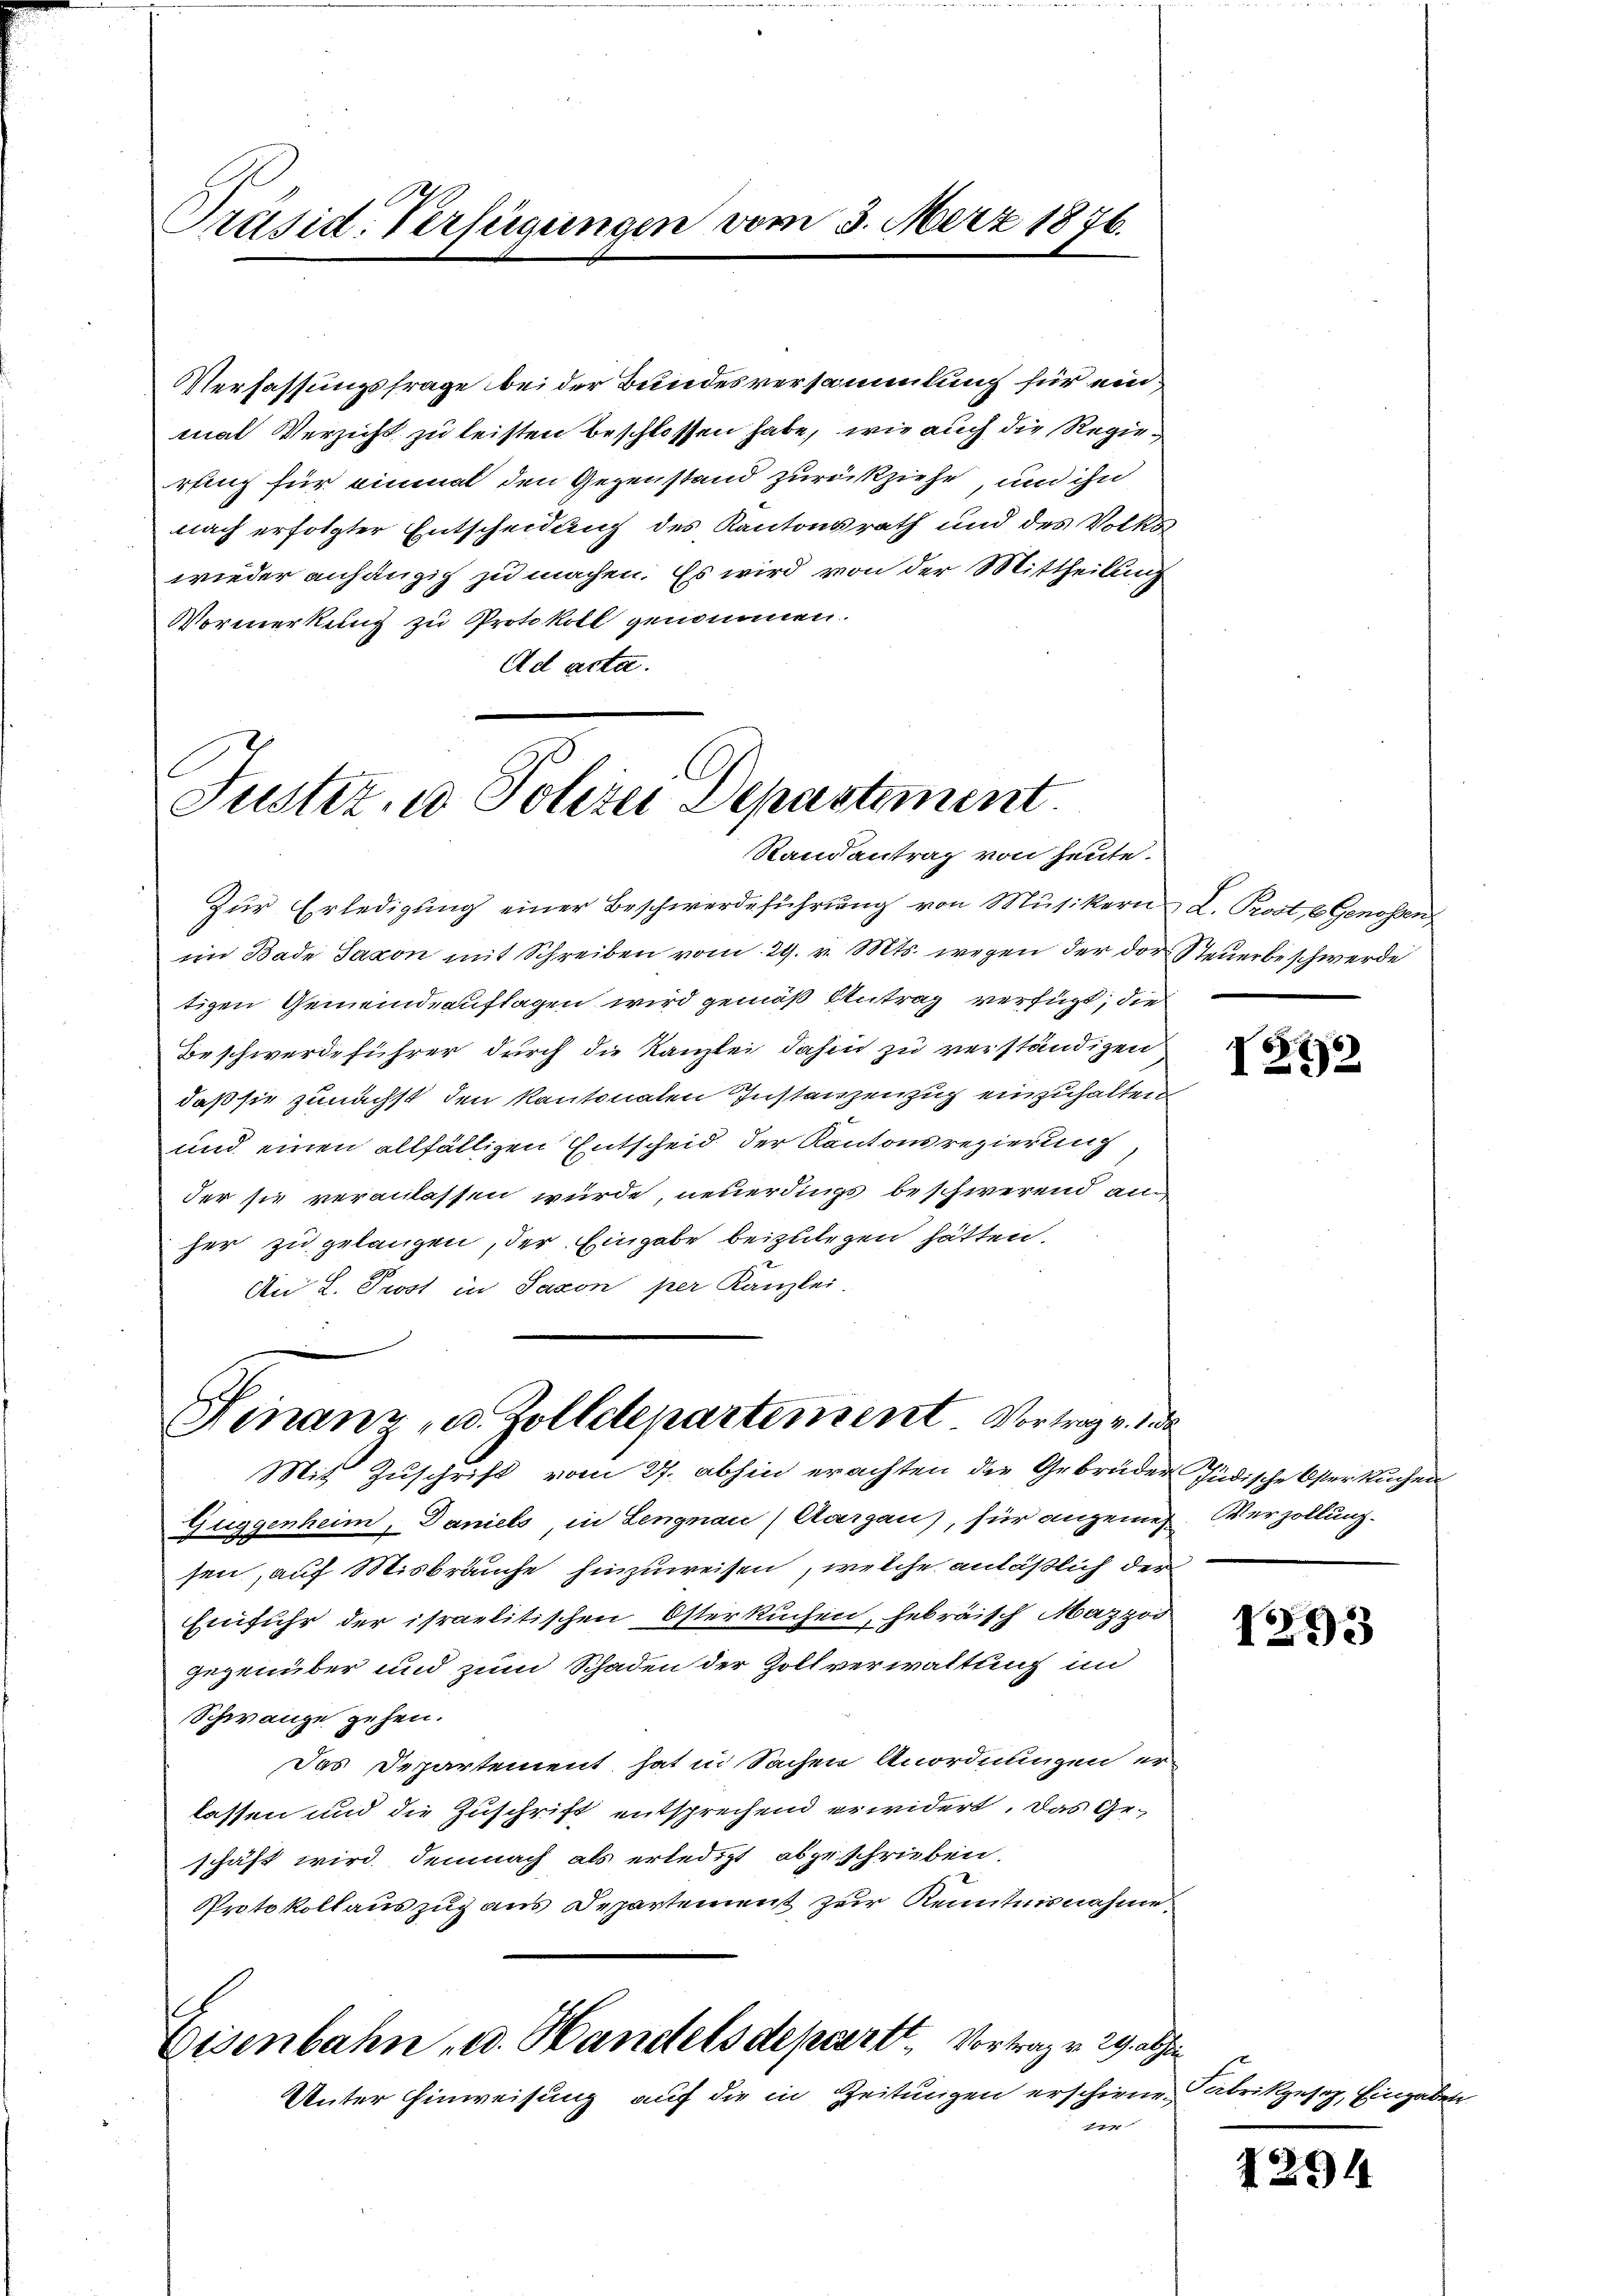
Präsid. Verfügungen vom 3. März 1876.

Verfassungsfrage bei der Bundesversammlung für einmal Verzicht zu leisten beschlossen habe, wie auch die Regierling für einmal den Gegenstand zurückziehe, und ihn
nach erfolgter Entscheidung des Kantonsrath und des Volks
wieder anhängig zu machen. Es wird von der Mittheilung
Vormerkung zu Protokoll genommen.
Ad acta.

Justiz- u Polizei Departement.
Randantrag von heute.

Zur Erledigung einer Beschwerdeführung von Musikern L. Prost, 6 Genossen
im Bade Jakon mit Schreiben vom 29. v. Mts. wegen der der Steuerbeschwerde
tigen Gemeindeauftagen wird gemäß Antrag verfügt, die
Beschwerdeführer durch die Kanzlei dahin zu verständigen
daß sie zunächst den kantonalen Instanzenzug einzuhalten
und einen allfälligen Entscheid der Kantonsregierung,
der sie veranlassen wurde, neuerdings beschwerend anher zu gelangen, der Eingabe beizulegen hätten.
An L. Prost in Saxon per Kanzlei,

Finanz, u. Zolldepartement Vortrag v. Jede
Mit Zuschrift vom 27. abhin erachten die Gebrüder Jüdische Oster Kuchen

Zuggenheim, Daniels, in Lengnau) Aargau), für angemes. Verzollung.
sen, auf Misbräuche hinzuweisen, welche anläßlich der
Einfuhr der israelitischen Osterkuchen, hebräisch Mazzod
gegenüber und zum Schaden der Zollverwaltung un
Schwange zehen.
Das Departement hat in Sachen Anordnungen erlassen und die Zuschrift entsprechend erwidert. Das Geschäft wird demnach als erledigt abgeschrieben.
Protokollauszug aus Departement zur Kenntnisnahme.
Eisenbahn u. Handelsdepartt. Vortragen 29.
Unter Einweisung auf die in Zeitungen erschienen Fabrikgesez, Eingaben
n

s
1272

193

1291